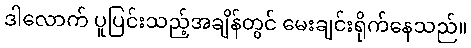
ဒါလောက် ပူပြင်းသည့်အချိန်တွင် မေးချင်းရိုက်နေသည်။